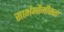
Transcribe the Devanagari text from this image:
सार्भभौमीकता